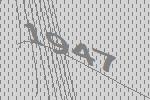
1947